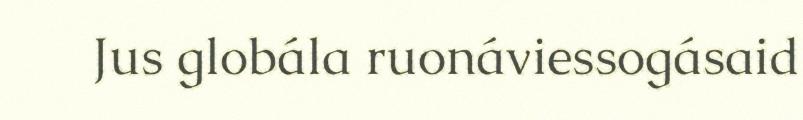
Jus globála ruonáviessogásaid